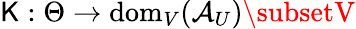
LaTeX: \mathsf{K}:\Theta\to\mathrm{{dom}}_{V}(\mathcal{{A}}_{U})\subsetV